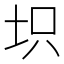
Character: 𱖕